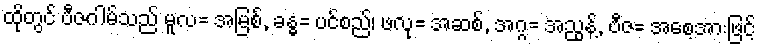
ထိုတွင် ဗီဇဂါမ်သည် မူလ= အမြစ်, ခန္ဓ= ပင်စည်၊ ဖလု= အဆစ်, အဂ္ဂ= အညွန့်, ဗီဇ= အစေ့အားဖြင့်